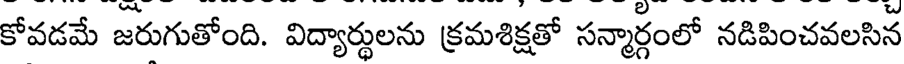
కోవడమే జరుగుతోంది. విద్యార్థులను క్రమశిక్షతో సన్మార్గంలో నడిపించవలసిన